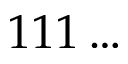
1 1 1 \ldots